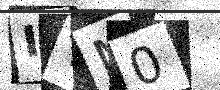
Text: ITN0